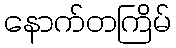
နောက်တကြိမ်